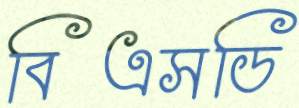
বিএসডি